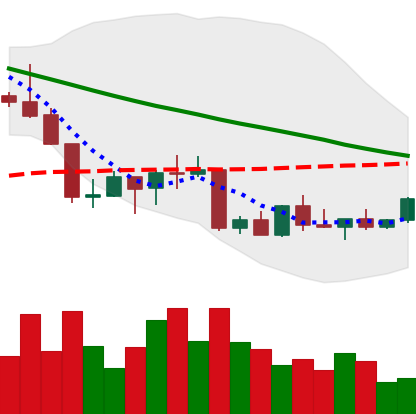
Ticker: NEO-USD
Chart end date: 2022-09-04
Forward return: 4.032%
Label: up_3_5